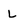
Character: L